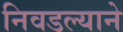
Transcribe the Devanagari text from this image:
निवडल्याने